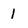
Character: 1